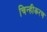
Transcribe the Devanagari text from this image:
चिन्हीकरण